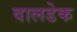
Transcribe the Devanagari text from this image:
वालडेक